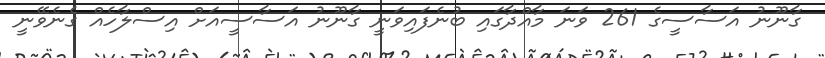
ގާނޫނު އަސާސީގެ 261 ވަނަ މާއްދާގައި ބުނެފައިވަނީ ގާނޫނު އަސާސީއަށް އިސްލާހެއް ގެނެވޭނީ